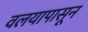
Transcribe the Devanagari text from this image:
वलयापासून